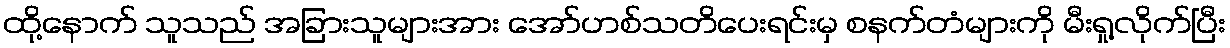
ထို့နောက် သူသည် အခြားသူများအား အော်ဟစ်သတိပေးရင်းမှ စနက်တံများကို မီးရှု့လိုက်ပြီး